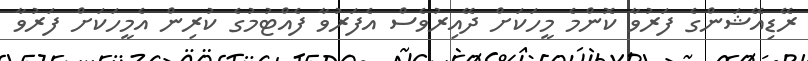
ރޭޑިއޭޝަންގެ ފަރުވާ ކޮންމެ މީހަކަށް ދޭއިރުވެސް އެފަރުވާ ފެއްޓުމުގެ ކުރިން އެމީހަކަށް ފަރުވާ